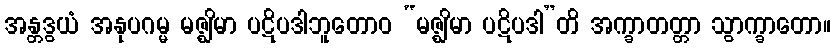
အန္တဒွယံ အနုပဂမ္မ မဇ္ဈိမာ ပဋိပဒါဘူတောဝ “မဇ္ဈိမာ ပဋိပဒါ”တိ အက္ခာတတ္တာ သွာက္ခာတော။